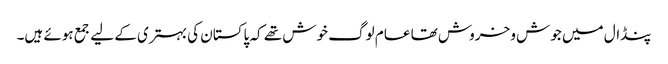
پنڈال میں جوش و خروش تھا عام لوگ خوش تھے کہ پاکستان کی بہتری کے لیے جمع ہوئے ہیں۔